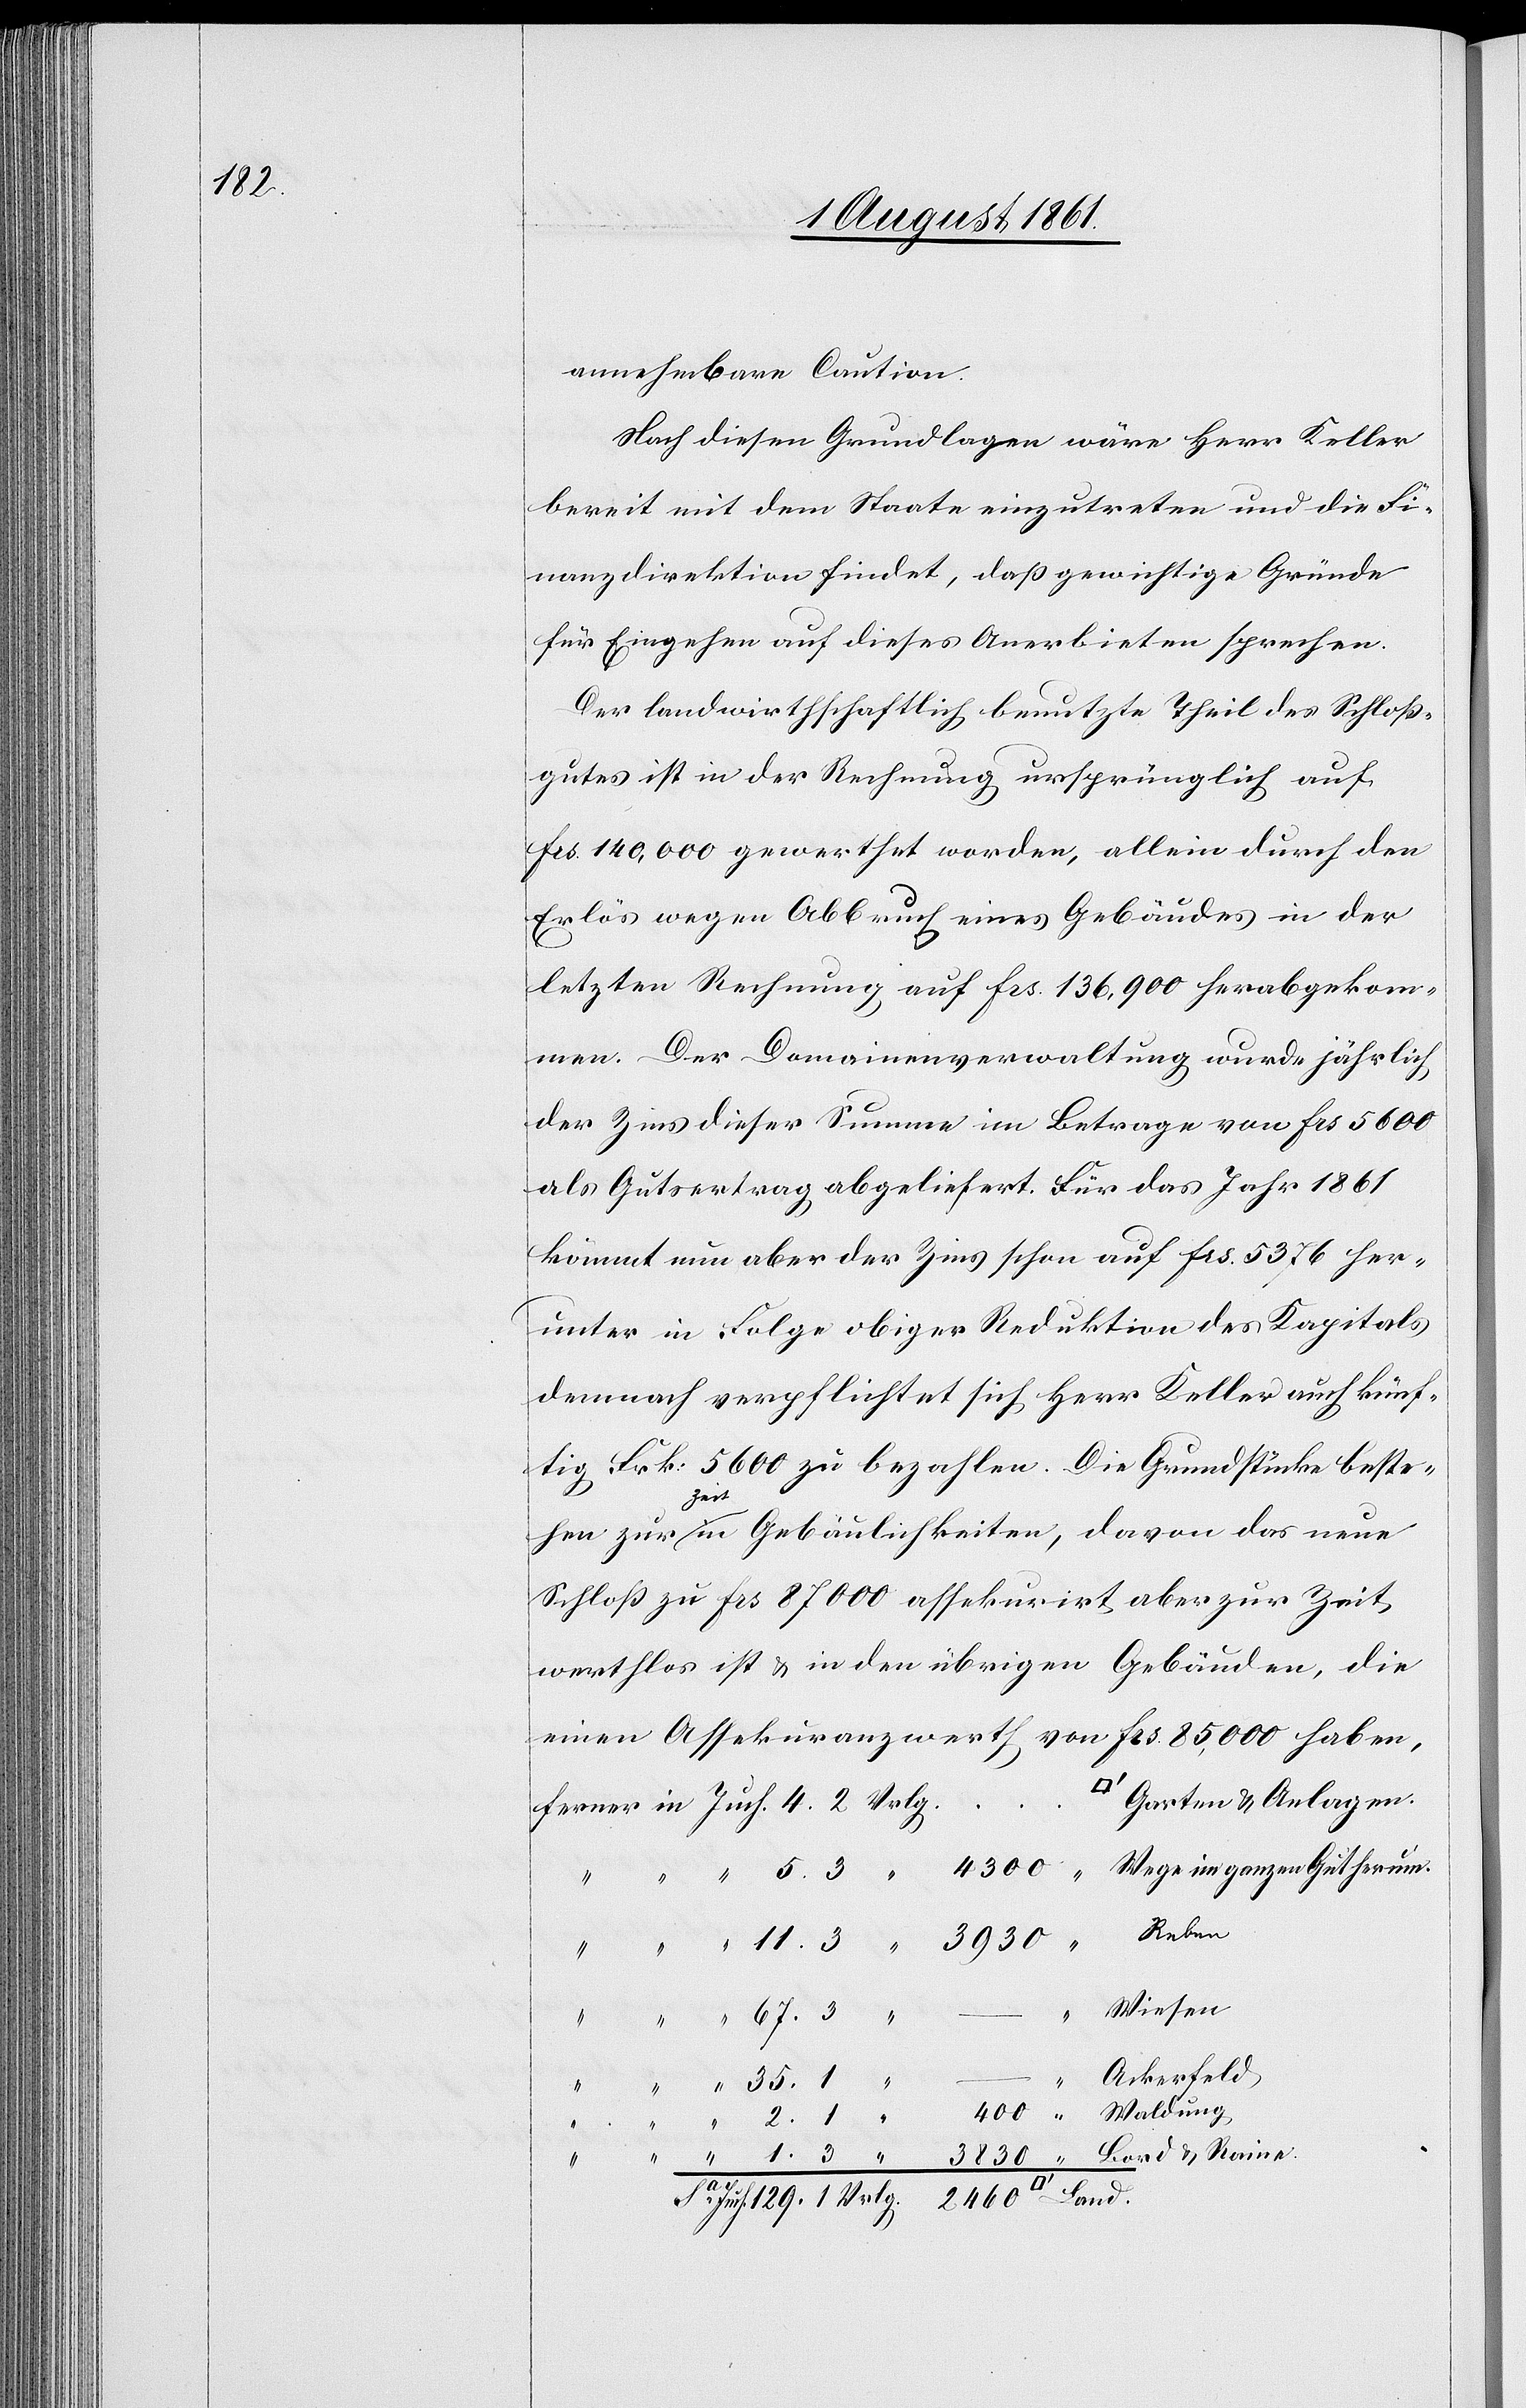
1.3

annehmbare Caution.
Nach diesen Grundlagen wäre Herr Keller
bereit mit dem Staate einzutreten und die Fi¬
nanzdirektion findet, daß gewichtige Gründe
für Eingehen auf dieses Anerbieten sprechen.
Der landwirthschaftlich benutzte Theil des Schloß¬
gutes ist in der Rechnung ursprünglich auf
frs 140,000 gewerthet worden, allein durch den
Erlös wegen Abbruch eines Gebäudes in der
letzten Rechnung auf frs 136,900 herabgekom¬
men. Der Domainenverwaltung wurde jährlich
der Zins dieser Summe im Betrage vom frs 5600
als Gutsertrag abgeliefert. Für das Jahr 1861
kömmt nun aber der Zins schon auf frs 5376 her¬
unter in Folge obiger Reduktion des Kapitals
demnach verpflichtet sich Herr Keller auch künf¬
tig Frk. 5600 zu bezahlen. Die Grundstücke beste¬
fern¬
hen zur Zeit in Gebäulichkeiten, davon das neue
Schloß zu frs 8700 assekurirt aber zur Zeit
werthlos ist u. in den übrigen Gebäuden, die
einen Assekuranzwerth von frs 85,000 haben,
Garten u. Anlagen
Wiesen
“
Ackerfeld
2.1
Land.
ch. 129. 1 Vrlg. 2460 [Quad¬